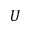
U